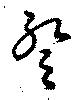
蹔